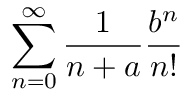
\sum _ { n = 0 } ^ { \infty } \frac { 1 } { n + a } \frac { b ^ { n } } { n ! }